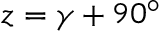
z = \gamma + 9 0 { } ^ { \circ }